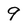
Character: 9